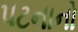
પટનાનો